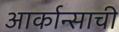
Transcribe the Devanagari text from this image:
आर्कान्साची